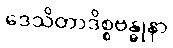
ဒေသိတာဒိစ္စဗန္ဓုနာ